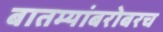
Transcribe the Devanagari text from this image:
बातम्यांबरोबरच